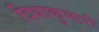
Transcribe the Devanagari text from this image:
दियाकुमारी